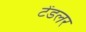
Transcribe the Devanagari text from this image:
टेंडलर